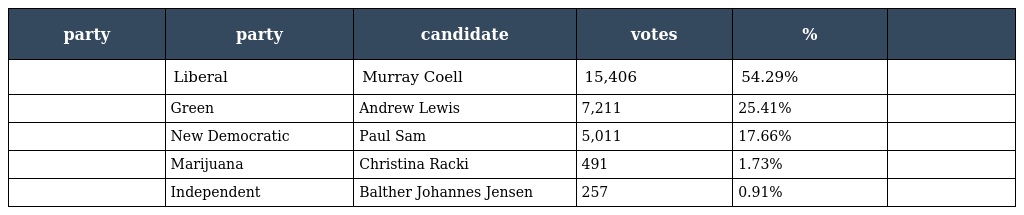
| party | party | candidate | votes | % |  |
 | --- | --- | --- | --- | --- | --- |
 |  | Liberal | Murray Coell | 15,406 | 54.29% |  |
 |  | Green | Andrew Lewis | 7,211 | 25.41% |  |
 |  | New Democratic | Paul Sam | 5,011 | 17.66% |  |
 |  | Marijuana | Christina Racki | 491 | 1.73% |  |
 |  | Independent | Balther Johannes Jensen | 257 | 0.91% |  |